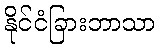
နိုင်ငံခြားဘာသာ